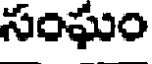
సంఘం